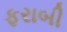
ફરાબી